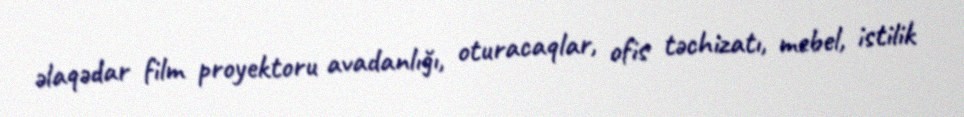
əlaqədar film proyektoru avadanlığı, oturacaqlar, ofis təchizatı, mebel, istilik